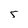
Character: 5